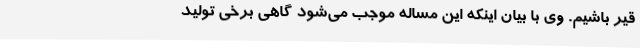
قیر باشیم. وی با بیان اینکه این مساله موجب می‌شود گاهی برخی تولید